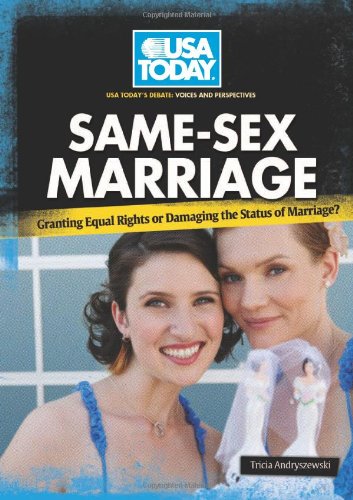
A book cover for Same-Sex Marriage: Granting Equal Rights or Damaging the Status of Marriage? (USA Today's Debate: Voices and Perspectives); Tricia Andryszewski; Teen & Young Adult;